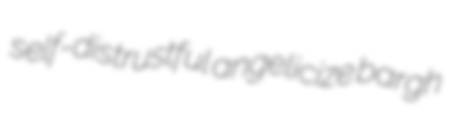
self-distrustful angelicize bargh